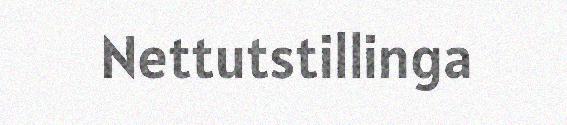
Nettutstillinga